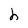
Character: h